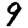
Digit: 9